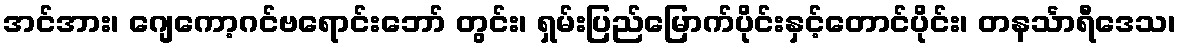
အင်အား၊ ဂျေကော့ဂင်ဗရောင်းဘော် တွင်း၊ ရှမ်းပြည်မြောက်ပိုင်းနှင့်တောင်ပိုင်း၊ တနင်္သာရီဒေသ၊